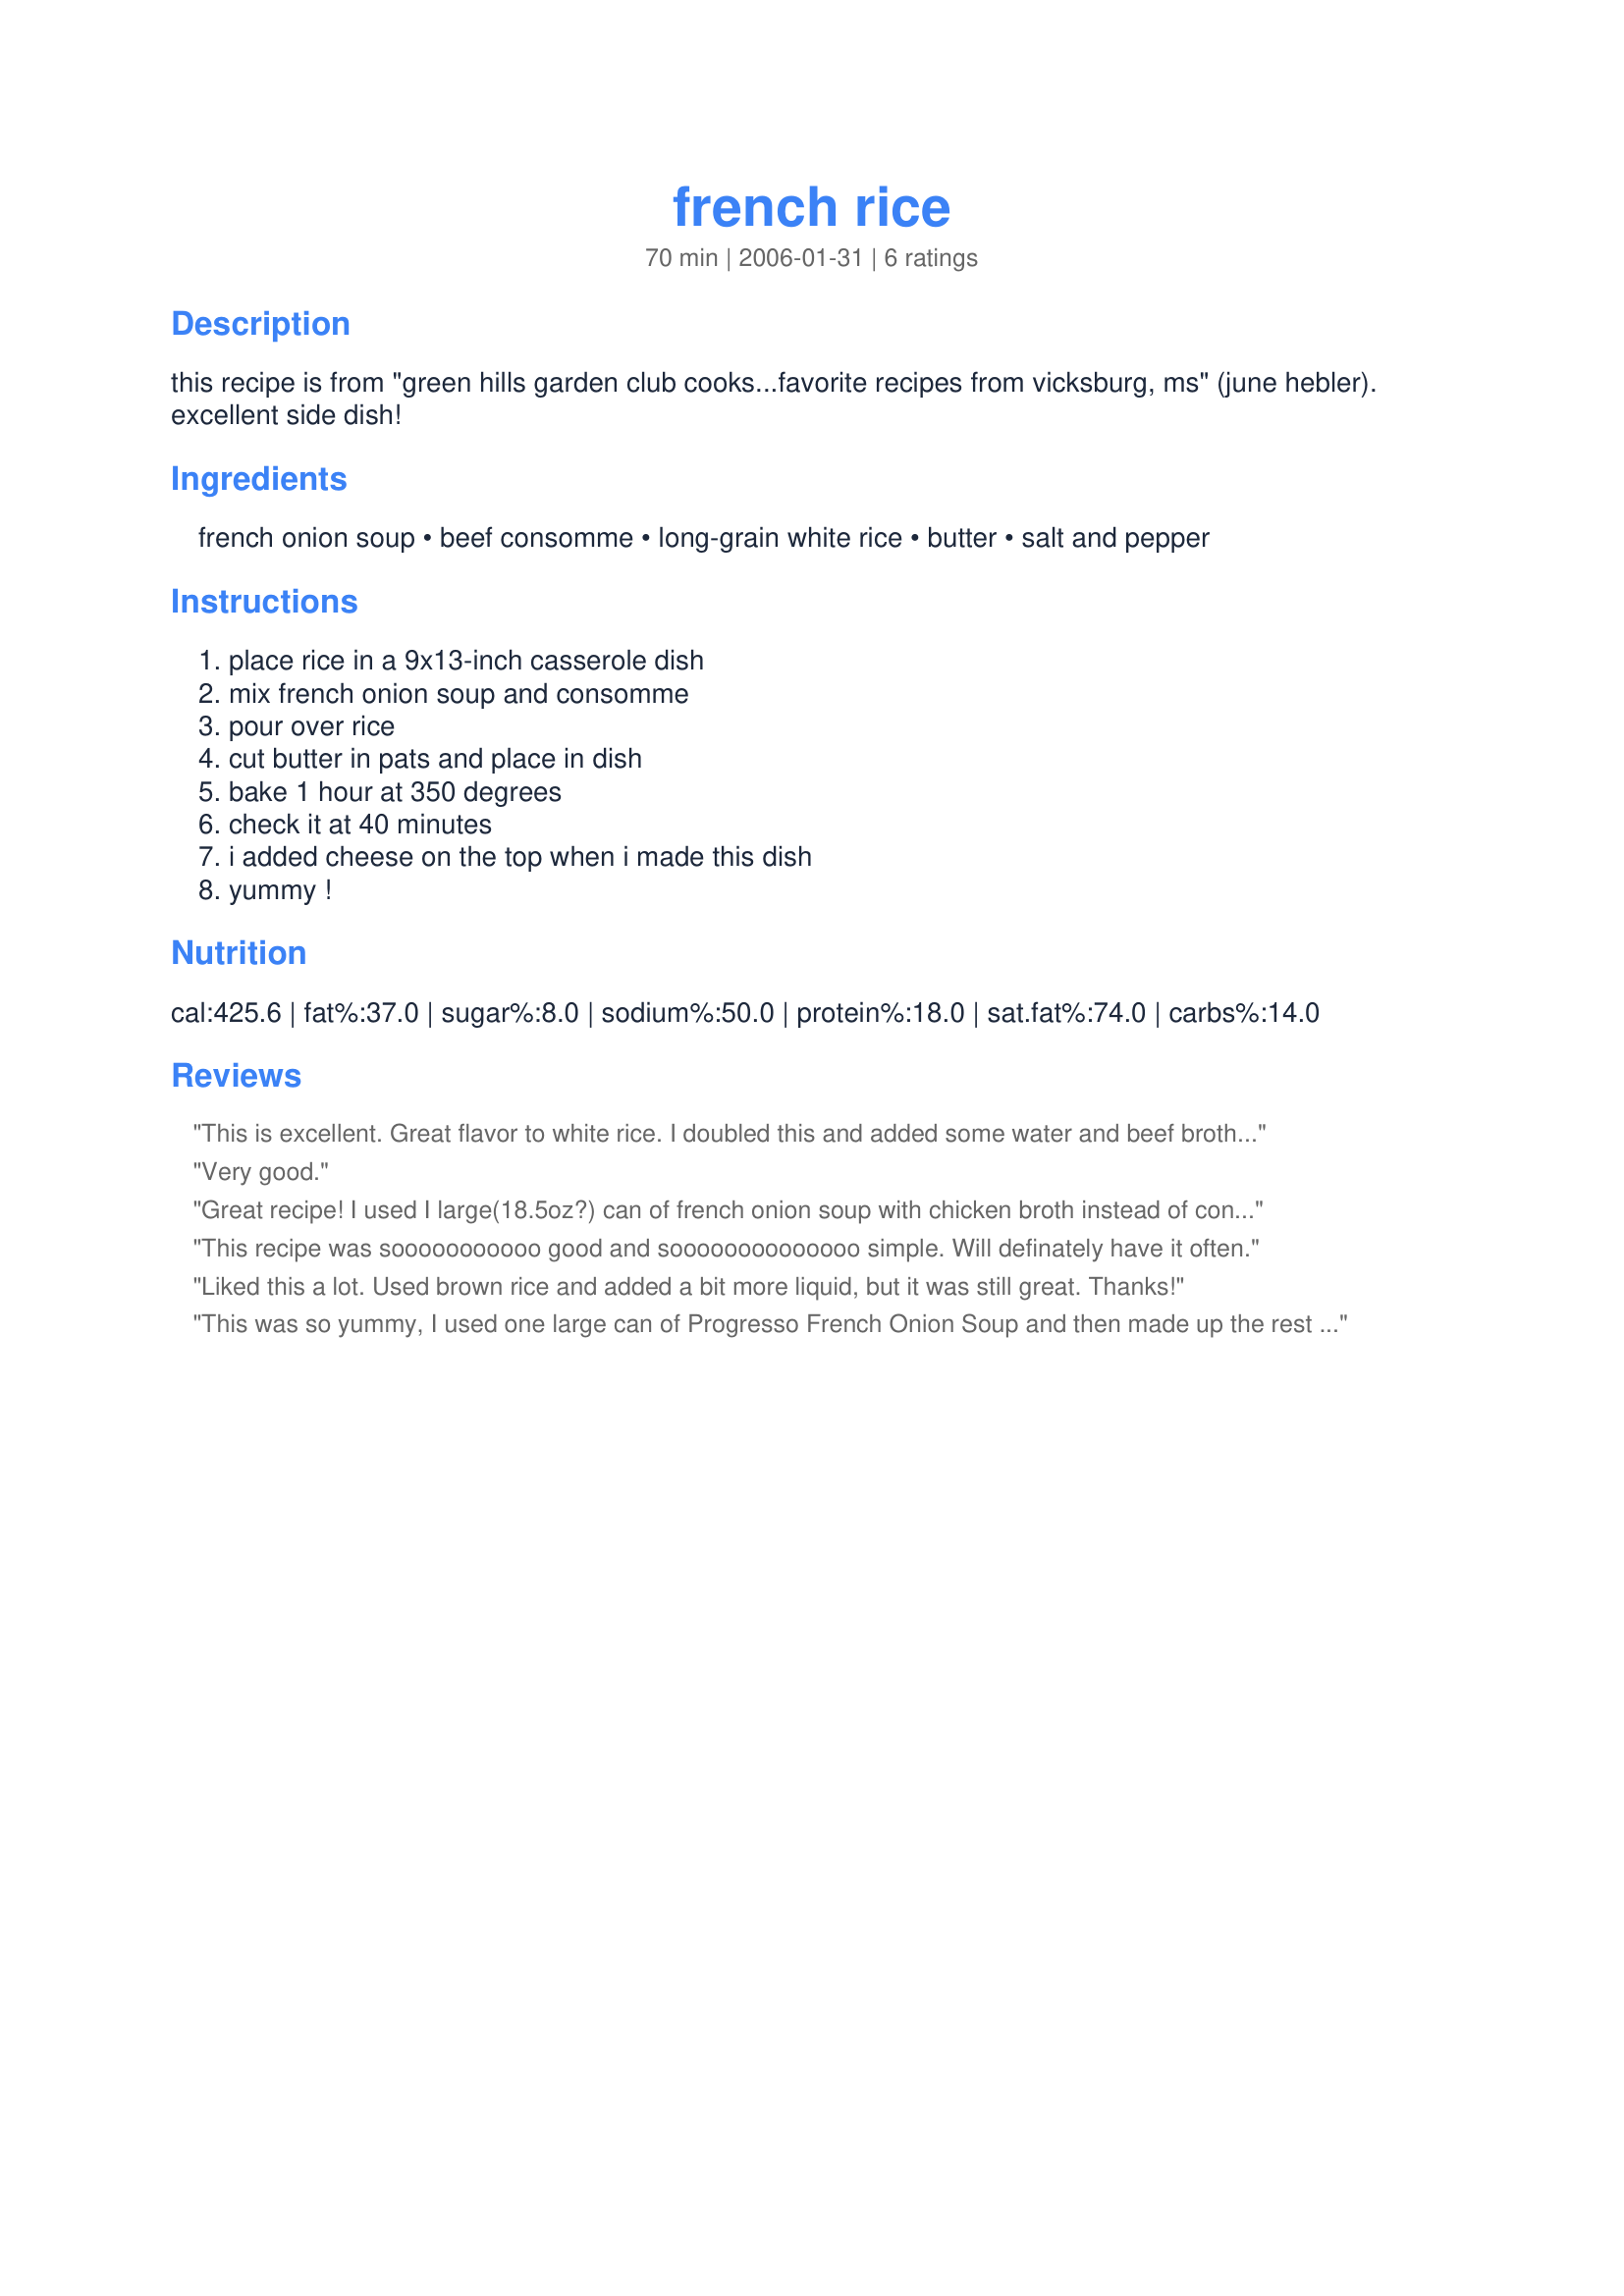
french rice
Preparation time: 70 minutes

this recipe is from "green hills garden club cooks...favorite recipes from vicksburg, ms" (june hebler). excellent side dish!

Ingredients:
french onion soup, beef consomme, long-grain white rice, butter, salt and pepper

Steps:
place rice in a 9x13-inch casserole dish, mix french onion soup and consomme, pour over rice, cut butter in pats and place in dish, bake 1 hour at 350 degrees, check it at 40 minutes, i added cheese on the top when i made this dish, yummy !

Reviews:
This is excellent. Great flavor to white rice. I doubled this and added some water and beef broth. My guest loved it. This will be a regular in my house. Thanks for posting. Update. I made this again this weekend and had no problems with the stated amount of liquid. Turned out perfect.
Very good.
Great recipe! I used I large(18.5oz?) can of french onion soup with chicken broth instead of consomme and 1/4 cup butter. It was so easy! I love that you do it in the oven.
This recipe was sooooooooooo good and soooooooooooooo simple. Will definately have it often.
Liked this a lot. Used brown rice and added a bit more liquid, but it was still great. Thanks!
This was so yummy, I used one large can of Progresso French Onion Soup and then made up the rest of the liquid with beef broth made from Better than Bouillon. I baked it for 50 minutes and then topped it with gruyere cheese and baked until melted. SO GOOD.
